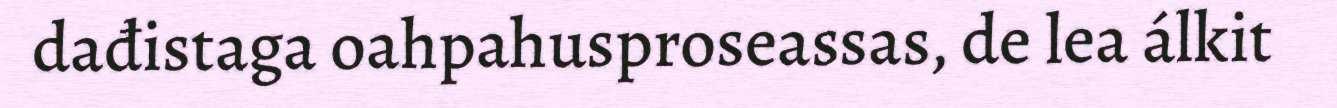
dađistaga oahpahusproseassas, de lea álkit